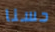
حسنا